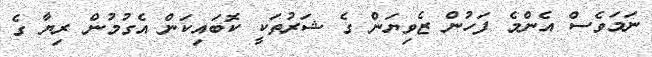
ނަމަވެސް އެންމެ ފަހުން ޒެވިޔަން ގެ ޝަރުތަކީ ކޮބައިކަން އެގުމުން ރިޔާ ގެ